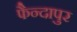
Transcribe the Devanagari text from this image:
फैन्दापुर